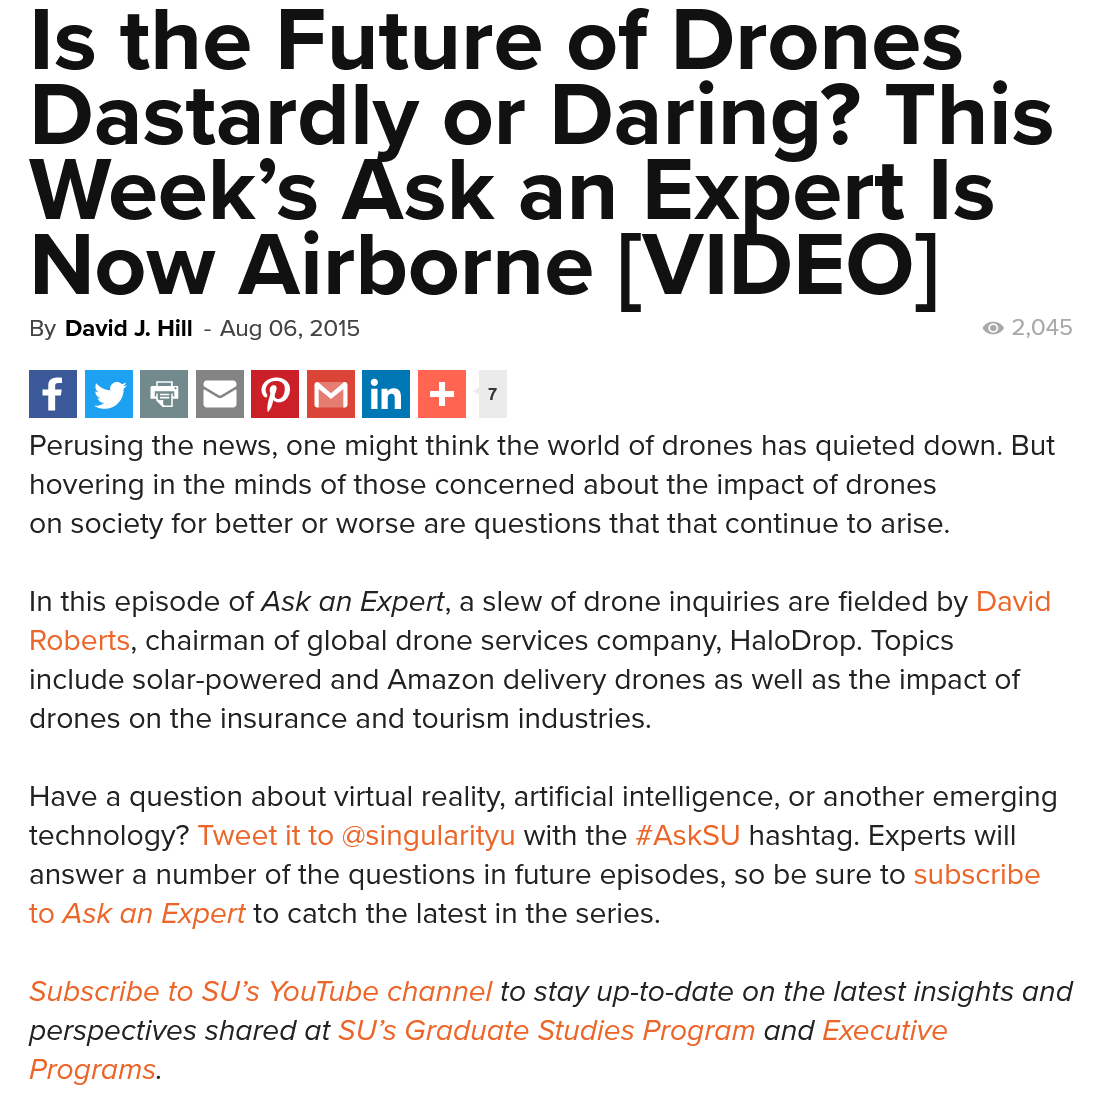
By David J. Hill
     - Aug 06, 2015
   Is    the    Future    of    Drones
     |
   Dastardly    or    Daring?    This
   Week’s    Ask    an    Expert    Is
   Now    Airborne    [VIDEO]
   Perusing the news, one might think the world of drones has quieted down. But
   hovering in the minds of those concerned about the impact of drones
   on society for better or worse are questions that that continue to arise.
   In this episode of Ask an Expert, a slew of drone inquiries are fielded by David
   Roberts, chairman of global drone services company, HaloDrop. Topics
   include solar-powered and Amazon delivery drones as well as the impact of
   drones on the insurance and tourism industries.
   Have a question about virtual reality, artificial intelligence, or another emerging
   technology? Tweet it to @singularityu with the #AskSU hashtag. Experts will
   answer a number of the questions in future episodes, so be sure to subscribe
   to Ask an Expert to catch the latest in the series.
   Subscribe to SU’s YouTube channel to stay up-to-date on the latest insights and
  perspectives shared at SU’s Graduate Studies Program and Executive
   Programs.